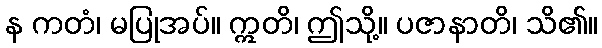
န ကတံ၊ မပြုအပ်။ ဣတိ၊ ဤသို့။ ပဇာနာတိ၊ သိ၏။